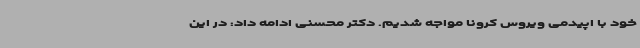
خود با اپیدمی ویروس کرونا مواجه شدیم. دکتر محسنی ادامه داد: در این